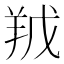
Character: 𮊥